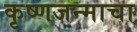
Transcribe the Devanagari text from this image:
कृष्णजन्माचा